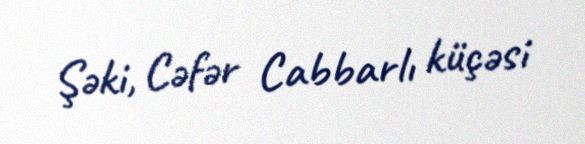
Şəki, Cəfər Cabbarlı küçəsi